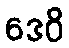
ဒေဝိ